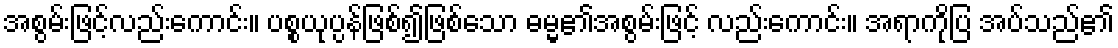
အစွမ်းဖြင့်လည်းကောင်း။ ပစ္စယုပ္ပန်ဖြစ်၍ဖြစ်သော ဓမ္မ၏အစွမ်းဖြင့် လည်းကောင်း။ အရာကိုပြ အပ်သည်၏